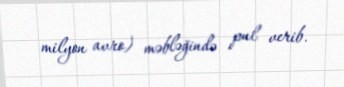
milyon avro) məbləğində pul verib.